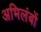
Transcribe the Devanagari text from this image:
अभिलंबों